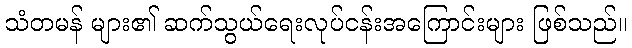
သံတမန် များ၏ ဆက်သွယ်ရေးလုပ်ငန်းအကြောင်းများ ဖြစ်သည်။